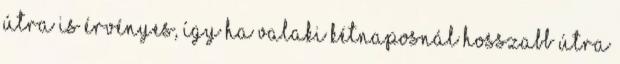
útra is érvényes, így ha valaki kétnaposnál hosszabb útra